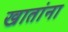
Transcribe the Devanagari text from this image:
खातांना